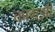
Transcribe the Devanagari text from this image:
कागझी